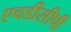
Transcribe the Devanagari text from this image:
एचडीसीपी